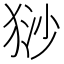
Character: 猀